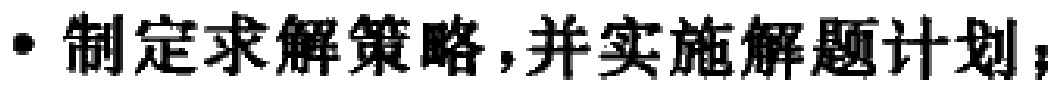
$\bullet$ 制定求解策略，并实施解题计划；